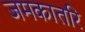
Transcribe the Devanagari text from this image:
जमकातरि